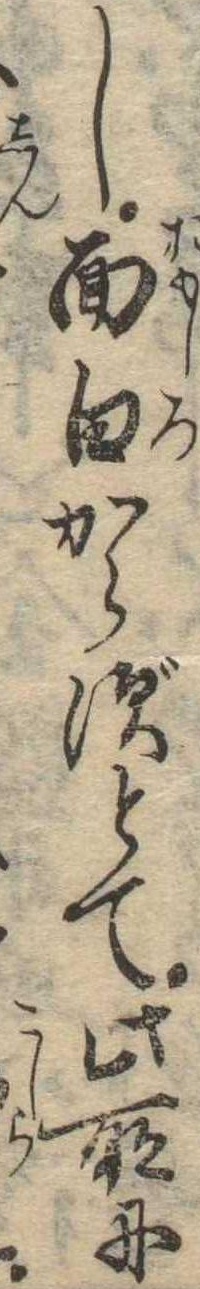
し面白からずとて此所に